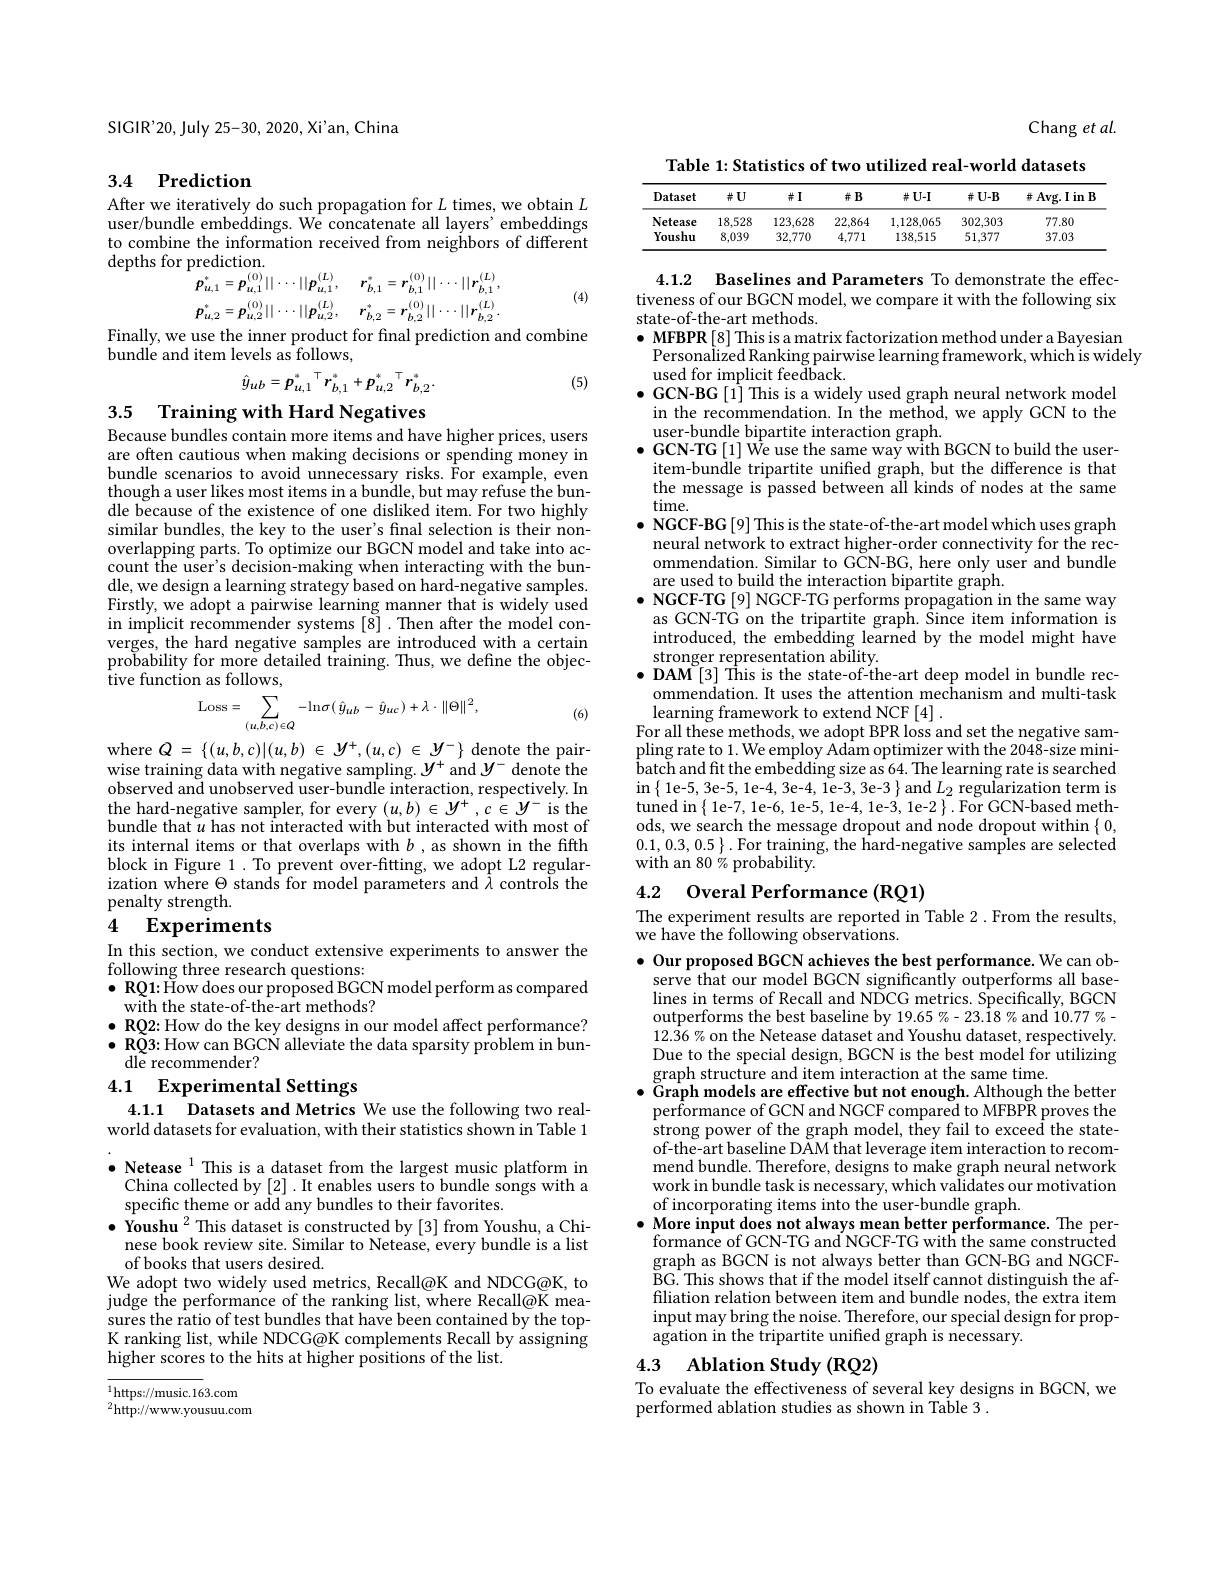
SIGIR'20, July 25-30, 2020, Xi'an, China

# 3.4 Prediction

After we iteratively do such propagation for $L$ times, we obtain $L$ user/bundle embeddings. We concatenate all layers' embeddings to combine the information received from neighbors of different depths for prediction.
$$\begin{aligned}&p_{u,1}^{*}=p_{u,1}^{(0)}||\cdots||p_{u,1}^{(L)},\quad r_{b,1}^{*}=r_{b,1}^{(0)}||\cdots||r_{b,1}^{(L)},\\&p_{u,2}^{*}=p_{u,2}^{(0)}||\cdots||p_{u,2}^{(L)},\quad r_{b,2}^{*}=r_{b,2}^{(0)}||\cdots||r_{b,2}^{(L)}.\end{aligned}$$
Finally, we use the inner product for final prediction and combine

(4)

bundle and item levels as follows,
$$\hat{y}_{ub}=p_{u,1}^{*}^{\top}r_{b,1}^{*}+p_{u,2}^{*}^{\top}r_{b,2}^{*}.$$
(5)

3.5 Training with Hard Negatives

Because bundles contain more items and have higher prices, users

are often cautious when making decisions or spending money in bundle scenarios to avoid unnecessary risks. For example, even though a user likes most items in a bundle, but may refuse the bundle because of the existence of one disliked item. For two highly similar bundles, the key to the user's final selection is their nonoverlapping parts. To optimize our BGCN model and take into account the user's decision-making when interacting with the bundle, we design a learning strategy based on hard-negative samples. Firstly, we adopt a pairwise learning manner that is widely used in implicit recommender systems[8]. Then after the model converges, the hard negative samples are introduced with a certain probability for more detailed training. Thus, we define the objective function as follows,
$$\mathrm{Loss}=\sum_{(u,b,c)\in Q}-\mathrm{ln}\sigma(\hat{y}_{ub}-\hat{y}_{uc})+\lambda\cdot\|\Theta\|^{2},$$
(6)

where $Q=\{(u,b,c)|(u,b)\in\mathcal{Y}^+,(u,c)\in\mathcal{Y}^-\}$ denote the pairwise training data with negative sampling. $y^+$ and $y^-$ denote the observed and unobserved user-bundle interaction, respectively. In $\begin{array}{l}{\text{the hard-negative sampler, for every }(u,b)\in y^{+},c\in y^{-}\mathrm{~is~the}}\\{\text{bundle that }u\text{ has not interacted with but interacted with most of}}\end{array}$ its internal items or that overlaps with $b$ ,as shown in the fifth block in Figure 1. To prevent over-fitting, we adopt L2 regularization where $\Theta$ stands for model parameters and $\tilde{\lambda}$ controls the penalty strength.

# 4 Experiments

In this section, we conduct extensive experiments to answer the
following three research questions:
$\bullet$ RQ1: How does our proposed BGCN model perform as compared
with the state-of-the-art methods?
$\bullet$ RQ2: How do the key designs in our model affect performance? $\bullet$ RQ3: How can BGCN alleviate the data sparsity problem in bun-
dle recommender?
4.1 Experimental Settings

4.1.1 Datasets and Metrics We use the following two realworld datasets for evaluation, with their statistics shown in Table 1 $\bullet\textbf{Netease}^{1}$This is a dataset from the largest music platform in
China collected by [2] .It enables users to bundle songs with a
specific theme or add any bundles to their favorites.
$\bullet$ Youshu$^2$This dataset is constructed by [3] from Youshu, a Chi-
nese book review site. Similar to Netease, every bundle is a list
of books that users desired.
We adopt two widely used metrics, Recall@K and NDCG@K, to judge the performance of the ranking list, where Recall@K measures the ratio of test bundles that have been contained by the topK ranking list, while NDCG@K complements Recall by assigning higher scores to the hits at higher positions of the list.

$^{1}$https://music.163.com ${}^{2}{\mathrm{http://www.yousuu.com}}$

Chang et al.

Table 1: Statistics of two utilized real-world datasets
<table>
	<tbody>
		<tr>
			<th>Dataset</th>
			<th>$\#U$</th>
			<th>$\#I$</th>
			<th>并B</th>
			<th>$\#U-I$</th>
			<th>$\#U-B$</th>
			<th>$\#$Avg.I in B</th>
		</tr>
		<tr>
			<td>Netease</td>
			<td>18.528</td>
			<td>123,628</td>
			<td>22,864</td>
			<td>1,128,065</td>
			<td>302,303</td>
			<td>77.80</td>
		</tr>
		<tr>
			<td>Youshu</td>
			<td>8,039</td>
			<td>32,770</td>
			<td>4,771</td>
			<td>138,515</td>
			<td>51,377</td>
			<td>37.03</td>
		</tr>
	</tbody>
</table>

4.1.2 Baselines and Parameters To demonstrate the effectiveness of our BGCN model, we compare it with the following six state-of-the-art methods.
$\bullet$ MFBPR[8] This is a matrix factorization method under a Bayesian
Personalized Ranking pairwise learning framework, which is widely
used for implicit fee$\tilde{\mathrm{dback}}.$
$\bullet$ GCN-BG[1] This is a widely used graph neural network model
in the recommendation. In the method, we apply GCN to the
user-bundle bipartite interaction graph.
$\bullet$GCN-TG[1] We use the same way with BGCN to build the user-
item-bundle tripartite unified graph, but the difference is that the message is passed between all kinds of nodes at the same time.
$\bullet$ NGCF-BG[9] This is the state-of-the-art model which uses graph neural network to extract higher-order connectivity for the recommendation. Similar to GCN-BG, here only user and bundle are used to build the interaction bipartite graph.
$\bullet$ NGCF-TG[9] NGCF-TG performs propagation in the same way as GCN-TG on the tripartite graph.Since item information is introduced, the embedding learned by the model might have stronger representation ability.
$\bullet$ DAM$^{\mathrm{o}}[3]$ This is the state-of-the-art deep model in bundle rec-
ommendation. It uses the attention mechanism and multi-task
learning framework to extend NCF [4] .
For all these methods, we adopt BPR loss and set the negative sampling rate to 1. We employ Adam optimizer with the 2048-size mini- $\dot{\text{batch and fit the embedding size as 64. The learning rate is searched}}$ in$\begin{Bmatrix}1\text{e-5,3e-5, 1e-4, 3e-4, 1e-3, 3e-3}\end{Bmatrix}$and $L_2$ regularization term is tuned in{ 1e-7, 1e-6, 1e-5, 1e-4, 1e-3, 1e-2}. For GCN-based methods, we search the message dropout and node dropout within $\{0$, $0.1,0.3,0.5\}.$For training, the hard-negative samples are selected with an 80 % probability.

4.2 Overal Performance (RQ1)

The experiment results are reported in Table 2. From the results,
we have the following observations.

$\bullet$ Our proposed BGCN achieves the best performance. We can ob-
serve that our model BGCN significantly outperforms all baselines in terms of Recall and NDCG metrics. Specifically, BGCN outperforms the best baseline by 19.65 %-23.18 % and 10.77 %- $12.\dot{3}6\%$ on the Netease dataset and Youshu dataset, respectively. Due to the special design, BGCN is the best model for utilizing graph structure and item interaction at the same time.
$\bullet$ Graph models are effective but not enough. Although the better performance of GCN and NGCF compared to MFBPR proves the strong power of the graph model, they fail to exceed the stateof-the-art baseline DAM that leverage item interaction to recommend bundle. Therefore, designs to make graph neural network work in bundle task is necessary, which validates our motivation of incorporating items into the user-bundle graph.
$\bullet$ More input does not always mean better performance. The per-
formance of GCN-TG and NGCF-TG with the same constructed graph as BGCN is not always better than GCN-BG and NGCFBG. This shows that if the model itself cannot distinguish the affiliation relation between item and bundle nodes, the extra item input may bring the noise. Therefore, our special design for propagation in the tripartite unified graph is necessary.

## 4.3 Ablation Study (RQ2)

To evaluate the effectiveness of several key designs in BGCN, we
performed ablation studies as shown in Table 3 .